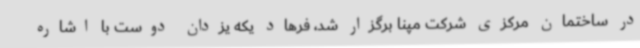
در ساختمان مرکزی شرکت مپنا برگزار شد، فرهاد یکه یزدان دوست با اشاره